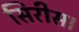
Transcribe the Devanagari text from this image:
सिरीस।